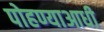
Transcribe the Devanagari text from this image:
पोहण्याआधी